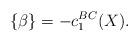
LaTeX: \begin{align*}\{\beta\} = - c_1^{BC}(X).\end{align*}